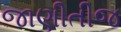
જાણીતીજ